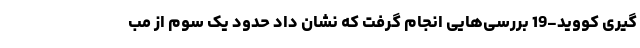
گیری کووید-19 بررسی‌هایی انجام گرفت که نشان داد حدود یک سوم از مب